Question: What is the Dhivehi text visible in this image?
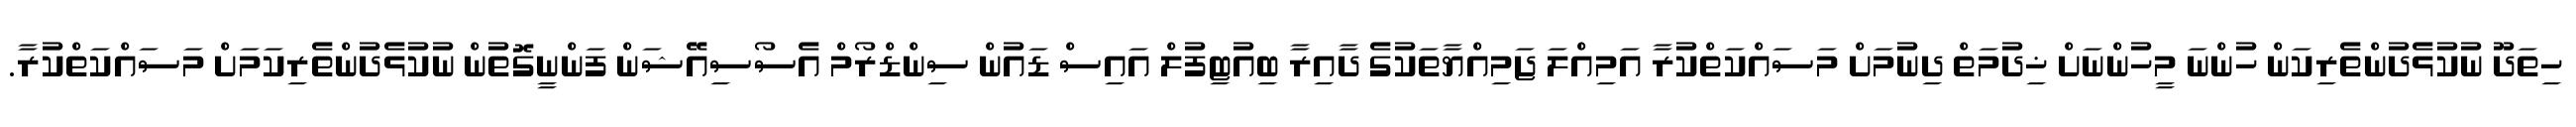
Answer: ހިތަދޫ ނުކުޅެދުންތެރިކަން ހުންނަ މީހުންނަށް ޚިދުމަތް ދިނުމަށް މަސައްކަތްކުރާ އަމިއްލަ ޖަމިއްޔާތަކުގެ ދާއިރާ ބިއުޓިފުލް އައިސް ޑައުން ސިންޑްރޯމް އެސޯސިއޭޝަން ފަންނީގޮތުން ނުކުޅެދުންތެރިކަމަށް މަސައްކަތްކުރާ.